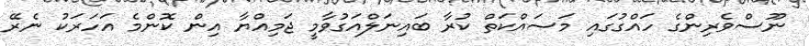
ނޫސްވެރިންގެ ހައްގުގައި މަސައްކަތް ކުރާ ބައިނަލްއަގުވާމީ ޖަމިއްޔާ އިން ކޮންމެ އަހަރަކު ނެރޭ